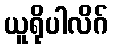
ယူရိုပါလိဂ်